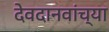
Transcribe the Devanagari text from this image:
देवदानवांच्या